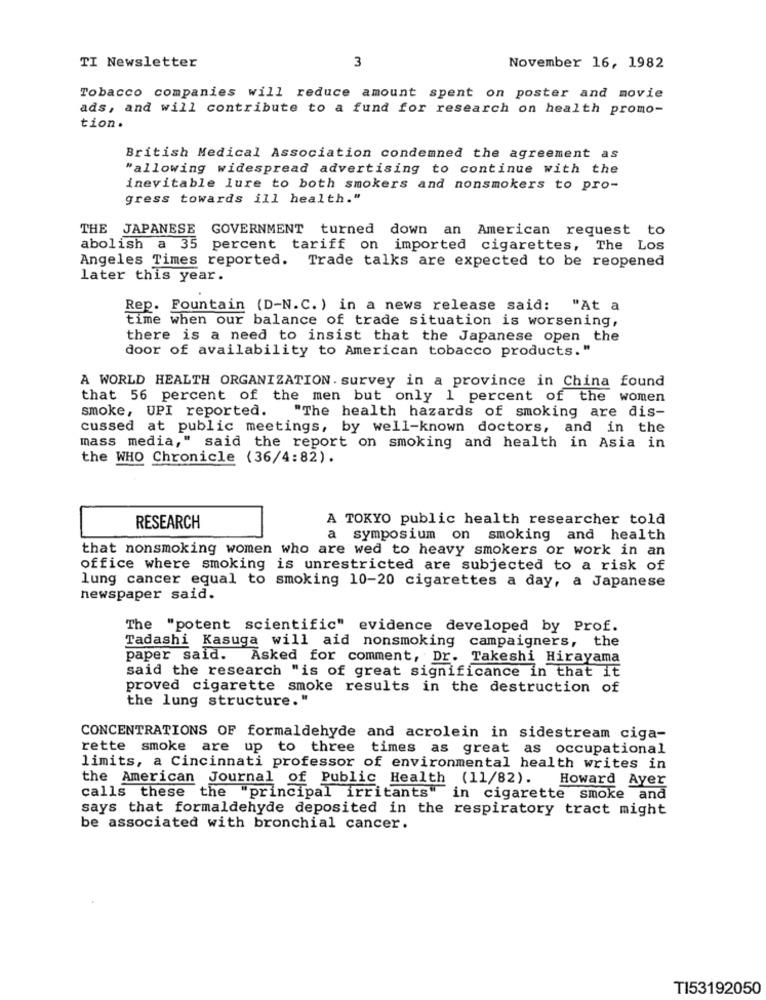
TI Newsletter
3
November 16, 1982
Tobacco companies will reduce amount spent on poster and movie
ads, and will contribute to a fund for research on health promo-
tion.
British Medical Association condemned the agreement as
"allowing widespread advertising to continue with the
inevitable lure to both smokers and nonsmokers to pro-
gress towards ill health."
THE JAPANESE GOVERNMENT turned down an American request to
abolish a 35 percent tariff on imported cigarettes, The Los
Angeles Times reported. Trade talks are expected to be reopened
later this year.
Rep. Fountain (D-N.C.) in a news release said:
"At a
time when our balance of trade situation is worsening,
there is a need to insist that the Japanese open the
door of availability to American tobacco products."
A WORLD HEALTH ORGANIZATION. survey in a province in China found
that 56 percent of the men but only 1 percent of the women
smoke, UPI reported.
"The health hazards of smoking are dis-
cussed at public meetings, by well-known doctors, and in the
mass media," said the report on smoking and health in Asia in
the WHO Chronicle (36/4:82).
A TOKYO public health researcher told
RESEARCH
a symposium on smoking and health
that nonsmoking women who are wed to heavy smokers or work in an
office where smoking is unrestricted are subjected to a risk of
lung cancer equal to smoking 10-20 cigarettes a day, a Japanese
newspaper said.
The "potent scientific" evidence developed by Prof.
Tadashi Kasuga will aid nonsmoking campaigners, the
paper said. Asked for comment, Dr. Takeshi Hirayama
said the research "is of great significance in that it
proved cigarette smoke results in the destruction of
the lung structure."
CONCENTRATIONS OF formaldehyde and acrolein in sidestream ciga-
rette smoke are up to three times as great as occupational
limits, a Cincinnati professor of environmental health writes in
the American Journal of Public Health (11/82). Howard Ayer
calls these the "principal irritants" in cigarette smoke and
says that formaldehyde deposited in the respiratory tract might
be associated with bronchial cancer.
TI53192050